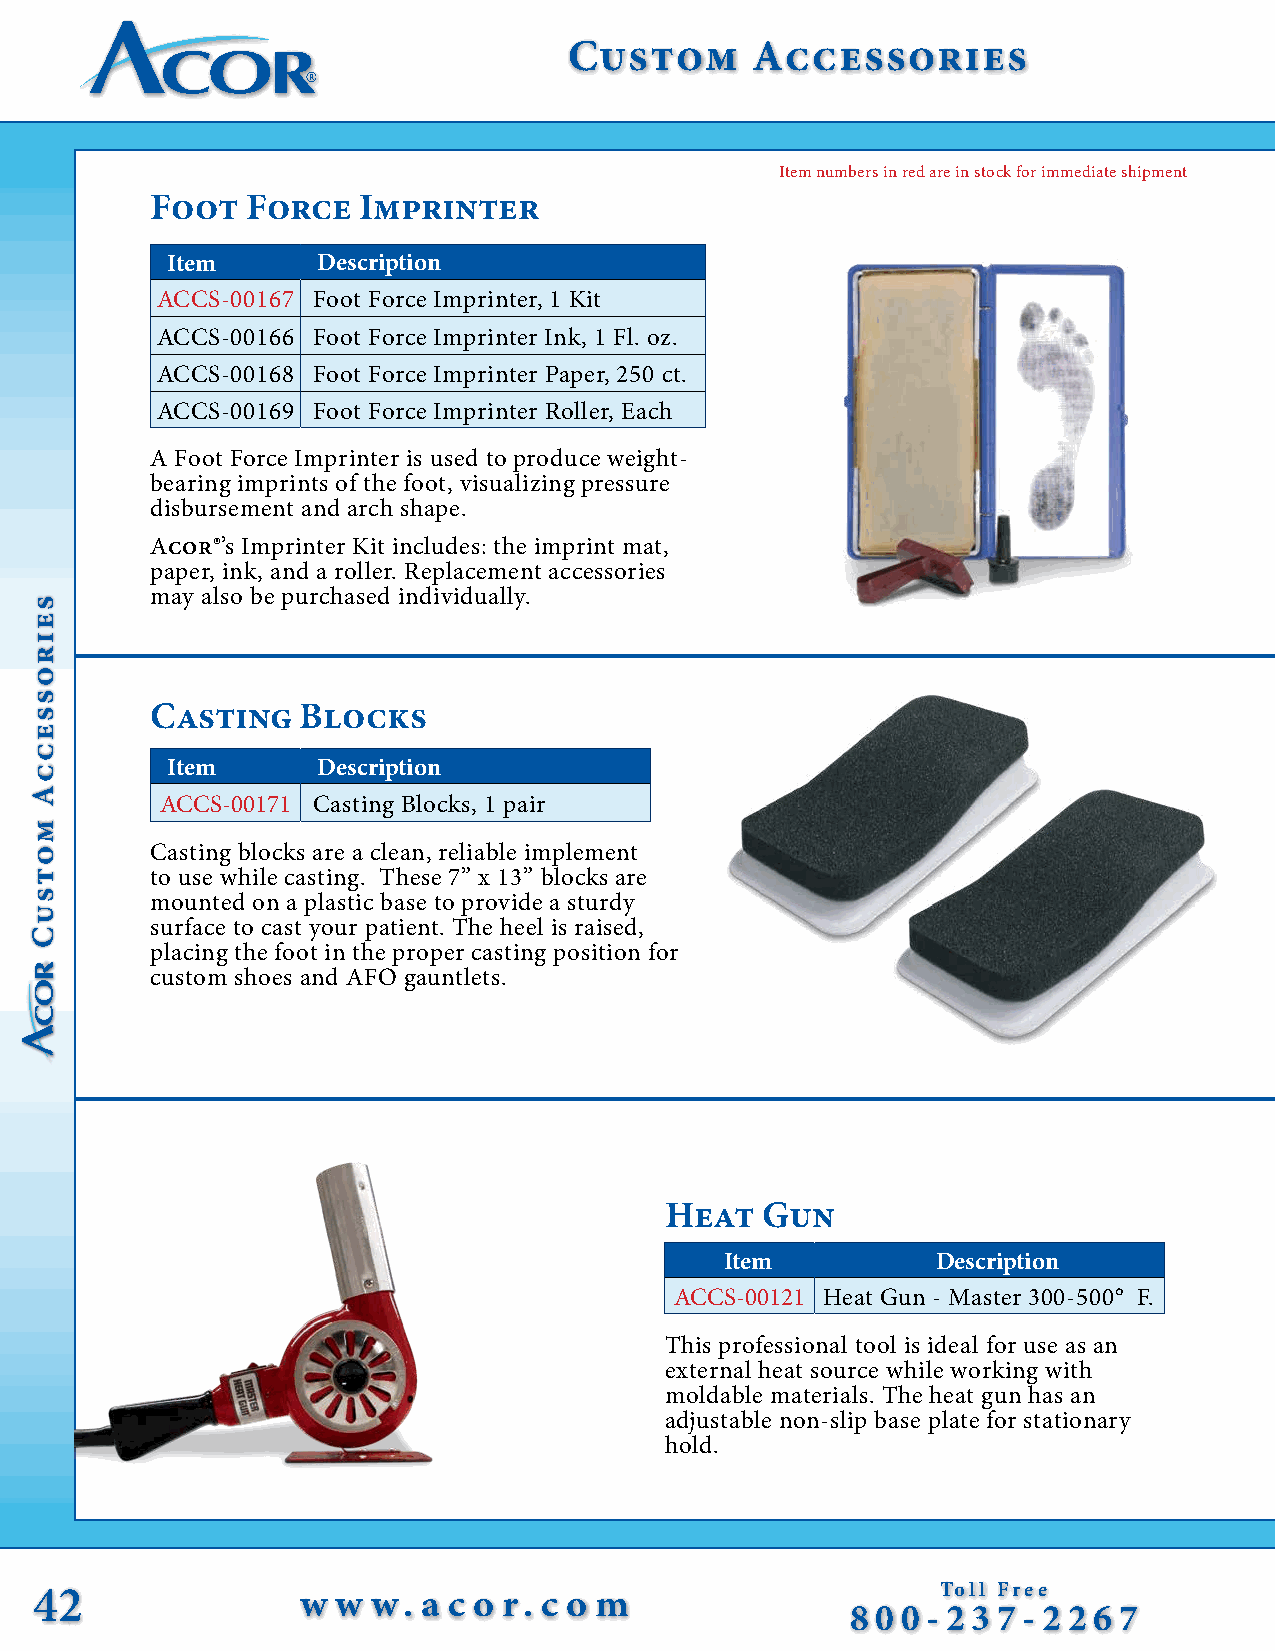
Custom      Accessories
 Item numbers in red are in stock for immediate shipment
 Foot  Force   Imprinter
 Item      Description
 ACCS-00167 Foot Force Imprinter, 1 Kit
 ACCS-00166 Foot Force Imprinter Ink, 1 Fl. oz.
 ACCS-00168 Foot Force Imprinter Paper, 250 ct.
 ACCS-00169 Foot Force Imprinter Roller, Each
 A Foot Force Imprinter is used to produce weight-
 bearing imprints of the foot, visualizing pressure
 disbursement and arch shape.
 Acor®’s Imprinter Kit includes: the imprint mat,
 paper, ink, and a roller. Replacement accessories
 may also be purchased individually.
 Casting   Blocks
 Item      Description
 ACCS-00171 Casting Blocks, 1 pair
 Casting blocks are a clean, reliable implement
 to use while casting. These 7” x 13” blocks are
 mounted on a plastic base to provide a sturdy
 surface to cast your patient. The heel is raised,
 placing the foot in the proper casting position for
 custom shoes and AFO gauntlets.
 Heat  Gun
 Item          Description
 ACCS-00121 Heat Gun - Master 300-500° F.
 This professional tool is ideal for use as an
 external heat source while working with
 moldable materials. The heat gun has an
 adjustable non-slip base plate for stationary
 hold.
 42                w w  w. a c o r. c o m                    Toll Free
 8 0 0 - 2 3 7 - 2 2 6 7
 seirosseccA
 motsuC